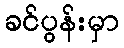
ခင်ပွန်းမှာ